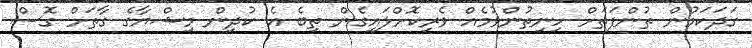
ގަދަކަމުން ތުންފަތަށް ހިނިތުންވުމެއް ވެރިކޮށްލައިގެން ތިބެ އެ ކުދިން މިޝްޔާގެ ގާތަށް ގޮސް